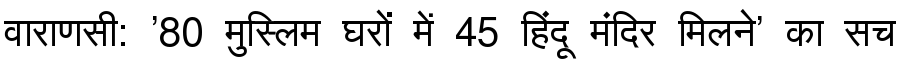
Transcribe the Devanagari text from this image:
वाराणसी: '80 मुस्लिम घरों में 45 हिंदू मंदिर मिलने' का सच